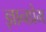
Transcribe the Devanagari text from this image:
ज्ञानप्रेम